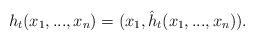
LaTeX: \begin{align*} h_t(x_1, ...,x_n) = (x_1, \hat h_t(x_1, ...,x_n)). \end{align*}